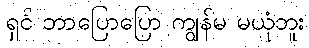
ရှင် ဘာပြောပြော ကျွန်မ မယုံဘူး